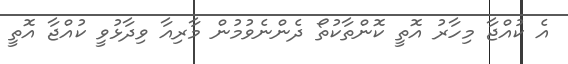
އެ ކުއްޖާ މިހާރު އޮތީ ކޮންތާކުތޯ ދެންނެވުމުން މާރިއާ ވިދާޅުވީ ކުއްޖާ އޮތީ